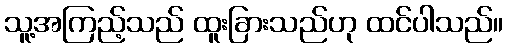
သူ့အကြည့်သည် ထူးခြားသည်ဟု ထင်ပါသည်။